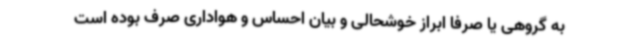
به گروهی یا صرفا ابراز خوشحالی و بیان احساس و هواداری صرف بوده است